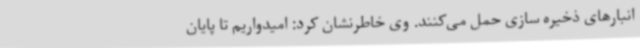
انبارهای ذخیره سازی حمل ‌می‌کنند. وی خاطرنشان کرد: امیدواریم تا پایان